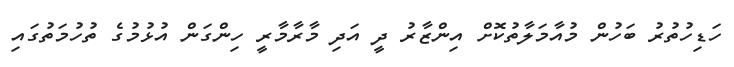
ހަޑިހުތުރު ބަހުން މުއާމަލާތުކޮށް އިންޒާރު ދީ އަދި މާރާމާރީ ހިންގަން އުޅުމުގެ ތުހުމަތުގައި